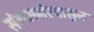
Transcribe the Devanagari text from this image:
संगमनेरपासून